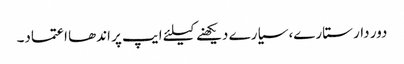
دور دار ستارے، سیارے دیکھنے کیلئے ایپ پر اندھا اعتماد۔